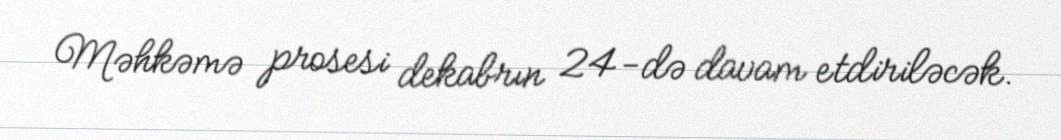
Məhkəmə prosesi dekabrın 24-də davam etdiriləcək.